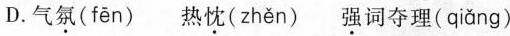
D.气\underset{·}{氛}(fēn) 热\underset{·}{忱}(zhěn) \underset{·}{强}词夺理(qiǎng)